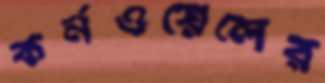
কর্নওয়েলের